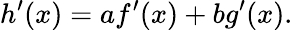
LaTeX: h^{\prime}(x)=af^{\prime}(x)+bg^{\prime}(x).